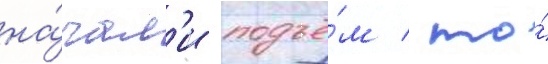
на́чал'и подъё́м / то́